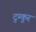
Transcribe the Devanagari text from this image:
टुम्कुर